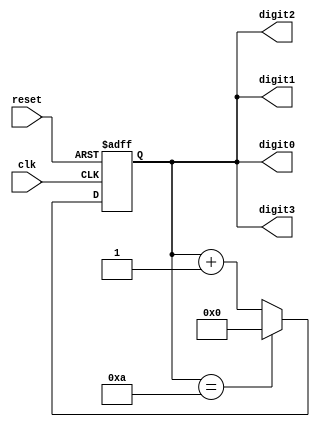
module BCD_Counter (
    input wire clk,
    input wire reset,
    output reg [3:0] digit0,
    output reg [3:0] digit1,
    output reg [3:0] digit2,
    output reg [3:0] digit3
);

reg [3:0] count;

always @(posedge clk or posedge reset) begin
    if (reset) begin
        count <= 4'b0;
    end else begin
        count <= count + 1;
        
        if(count == 4'b1010) begin
            count <= 4'b0;
        end
    end
end

assign digit0 = count[3:0];
assign digit1 = count[3:0];
assign digit2 = count[3:0];
assign digit3 = count[3:0];

endmodule